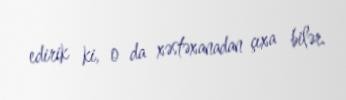
edirik ki, o da xəstəxanadan çıxa bilər.